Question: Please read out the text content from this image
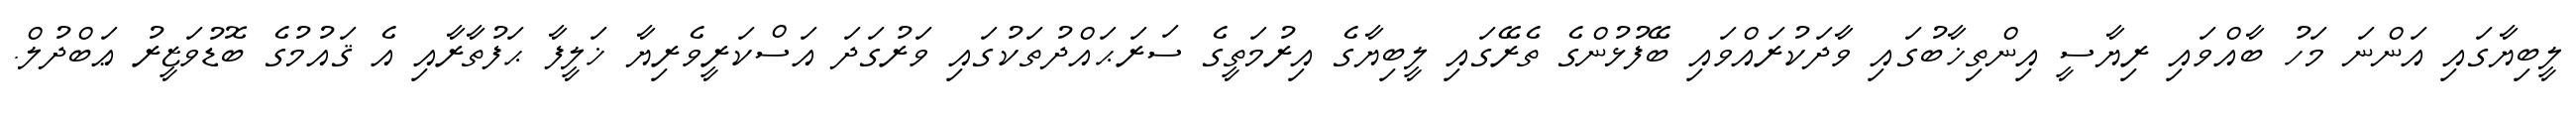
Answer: ލީބިޔާގައި އަންނަ މަހު ބާއްވައި ރިޔާސީ އިންތިޚާބުގައި ވާދަކުރައްވައި ބޭފުޅުންގެ ތެރޭގައި ލީބިޔާގެ އިރުމަތީގެ ސަރަޙައްދުތަކުގައި ވަރުގަދަ އަސްކަރީވެރިޔާ ޚަލީފާ ޙަފުތާރާއި އެ ޤައުމުގެ ބޮޑުވަޒީރު ޢަބްދުލް.